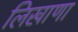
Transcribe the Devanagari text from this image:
लिखाणा